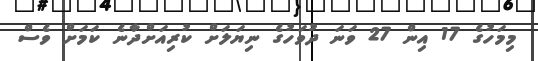
މިމަހުގެ 17 އިން 27 ވަނަ ދުވަހުގެ ނިޔަލަށް ކުރިއަށްދާނެ ކަމަށް ވެސް